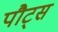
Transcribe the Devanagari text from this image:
पौट्स